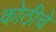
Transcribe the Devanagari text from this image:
कोठीचे